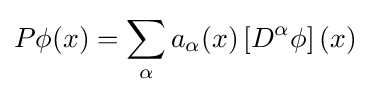
P\phi (x)=\sum _{\alpha }a_{\alpha }(x)\left[D^{\alpha }\phi \right](x)